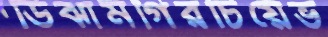
ডিঝামগিরচিয়েভ